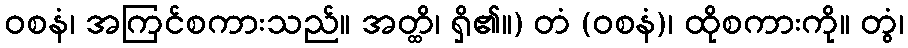
ဝစနံ၊ အကြင်စကားသည်။ အတ္ထိ၊ ရှိ၏။) တံ (ဝစနံ)၊ ထိုစကားကို။ တွံ၊